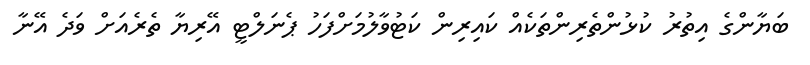
ބަޔާންގެ އިތުރު ކުޅުންތެރިންތަކެއް ކައިރިން ކަޓުވާލުމަށްފަހު ޕެނަލްޓީ އޭރިޔާ ތެރެއަށް ވަދެ އޭނާ